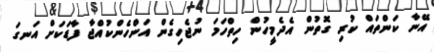
އޭނާ ކަންތައް ކުރި ގޮތުން އެދެމީހުން ހިތްހަމަ ނުޖެހިގެން އަންހެންކުއްޖާ ފާޑަކަށް އަނގަ